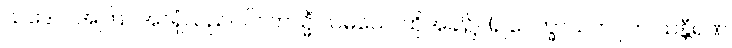
ယဒေဝ၊ အကြင်အာရုံသည်ပင်။ တသ္မိံ သမယေ၊ ထိုအခါ၌။ (ဥပေက္ခာသဟဂုတ် သန္တီရဏ